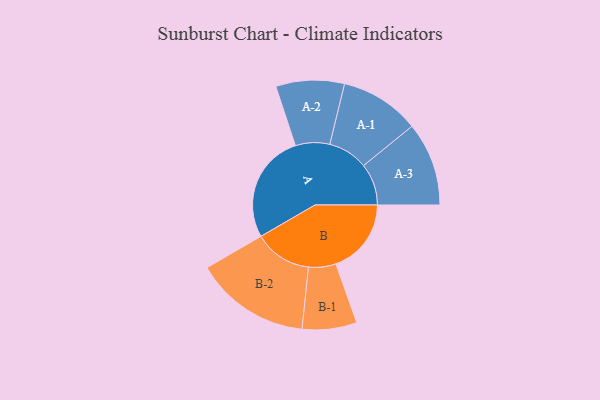
{"axis": {"x": "Segment", "y": "Value"}, "legend": ["", "A", "B"], "data": [{"x": "A", "y": 487, "type": ""}, {"x": "B", "y": 337, "type": ""}, {"x": "A-1", "y": 178, "type": "A"}, {"x": "A-2", "y": 153, "type": "A"}, {"x": "A-3", "y": 187, "type": "A"}, {"x": "B-1", "y": 122, "type": "B"}, {"x": "B-2", "y": 258, "type": "B"}]}